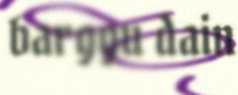
barggu dain